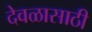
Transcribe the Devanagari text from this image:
देवळासाठी